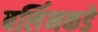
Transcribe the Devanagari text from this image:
बर्लिनकडे